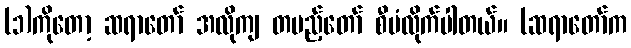
(၁)ကိုတော့ ဆရာတော် အလိုကျ တပည့်တော် စီမံလိုက်ပါတယ်။ (ဆရာတော်က